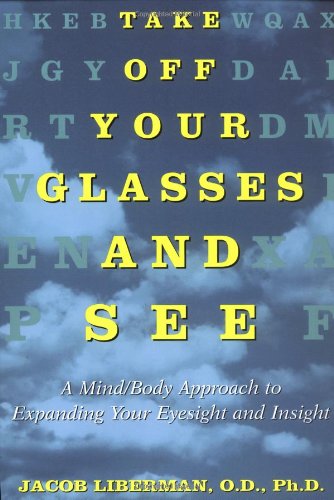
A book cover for Take Off Your Glasses and See: A Mind/Body Approach to Expanding Your Eyesight and Insight; Jacob Liberman; Health, Fitness & Dieting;